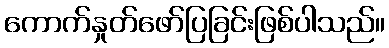
ကောက်နှုတ်ဖော်ပြခြင်းဖြစ်ပါသည်။